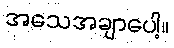
အသေအချာပေါ့။